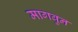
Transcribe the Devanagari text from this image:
मागवुन